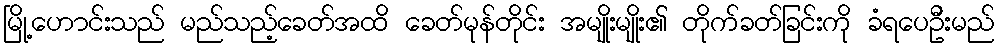
မြို့ဟောင်းသည် မည်သည့်ခေတ်အထိ ခေတ်မုန်တိုင်း အမျိုးမျိုး၏ တိုက်ခတ်ခြင်းကို ခံရပေဦးမည်